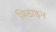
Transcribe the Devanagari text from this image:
मिठाइन